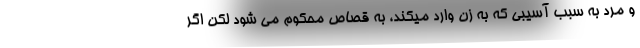
و مرد به سبب آسیبی که به زن وارد میکند، به قصاص محکوم می شود لکن اگر